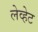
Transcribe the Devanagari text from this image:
लेव्हेट